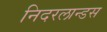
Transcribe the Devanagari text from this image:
निदरलान्डस